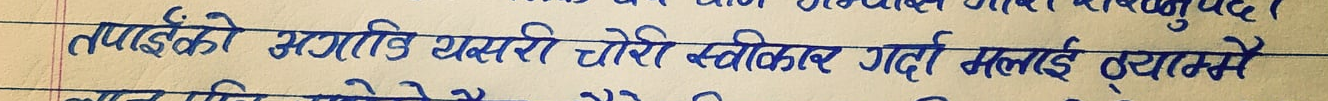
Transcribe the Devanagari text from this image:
र हुनुपर्दछ।
तपाईंको खुसी यसरी चोरी स्वीकार गर्दा मलाई ठ्याम्मै